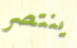
ينتصر